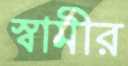
স্বামীর